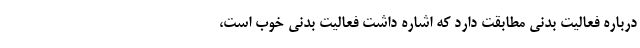
درباره فعالیت بدنی مطابقت دارد که اشاره داشت فعالیت بدنی خوب است،